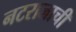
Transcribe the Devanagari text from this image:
नटराजाची